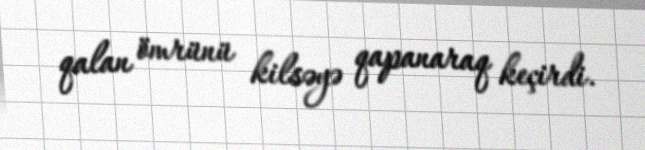
qalan ömrünü kilsəyə qapanaraq keçirdi.